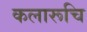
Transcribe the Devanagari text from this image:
कलारूचि